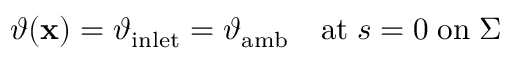
\begin{array} { r } { \vartheta ( \mathbf { x } ) = \vartheta _ { \mathrm { i n l e t } } = \vartheta _ { \mathrm { a m b } } \quad \mathrm { a t } \; s = 0 \; \mathrm { o n } \; \Sigma } \end{array}